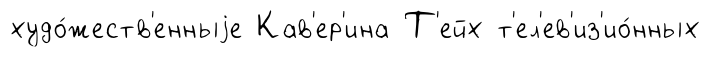
худо́жеств'енныjе Кав'ер'ина Т'ейх т'ел'ев'из'ио́нных